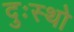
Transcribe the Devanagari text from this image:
दुःस्थो